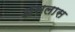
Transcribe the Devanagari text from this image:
असलास